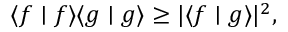
\langle f \mid f \rangle \langle g \mid g \rangle \geq | \langle f \mid g \rangle | ^ { 2 } ,